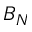
B _ { N }